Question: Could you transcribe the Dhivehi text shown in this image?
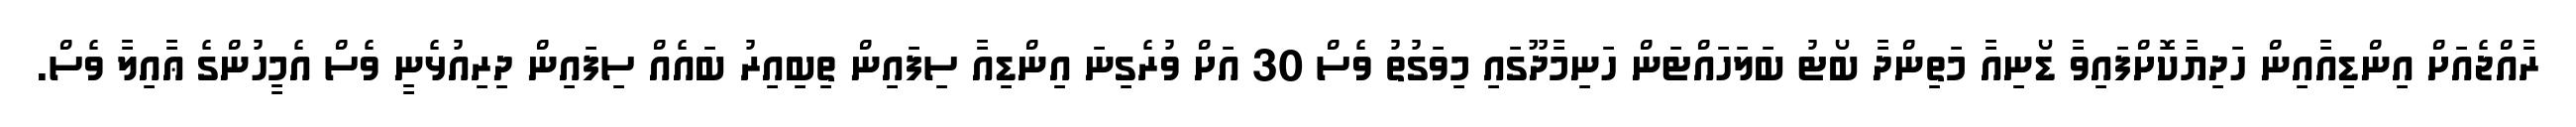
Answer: ރާއްޖެއަށް އިންޑިއާއިން ހަދިޔާކޮށްފައިވާ ޑޯނިއާ މަތިންދާ ބޯޓު ބަލަހައްޓަން ހަނިމާދޫގައި މިވަގުތު ވެސް 30 އަށް ވުރެގިނަ އިންޑިއާ ސިފައިން ތިބިއިރު ބައެއް ސިފައިން ދިރިއުޅެނީ ވެސް އެމީހުންގެ ޢާއިލާ ވެސް.